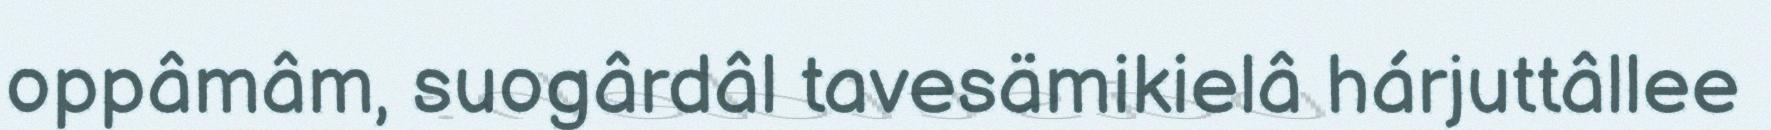
oppâmâm, suogârdâl tavesämikielâ hárjuttâllee